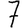
Digit: 7